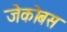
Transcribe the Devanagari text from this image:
जेकोबस